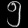
Digit: ၅